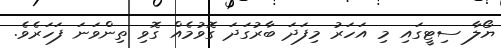
ޔޯލާ ސިޓީގައި މި އަހަރު މިފަދަ ބާރުގަދަ ގޮވުމެއް ގޮވި ތިންވަނަ ފަހަރެވެ.